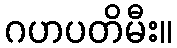
ဂဟပတိမီး။